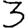
Digit: 3